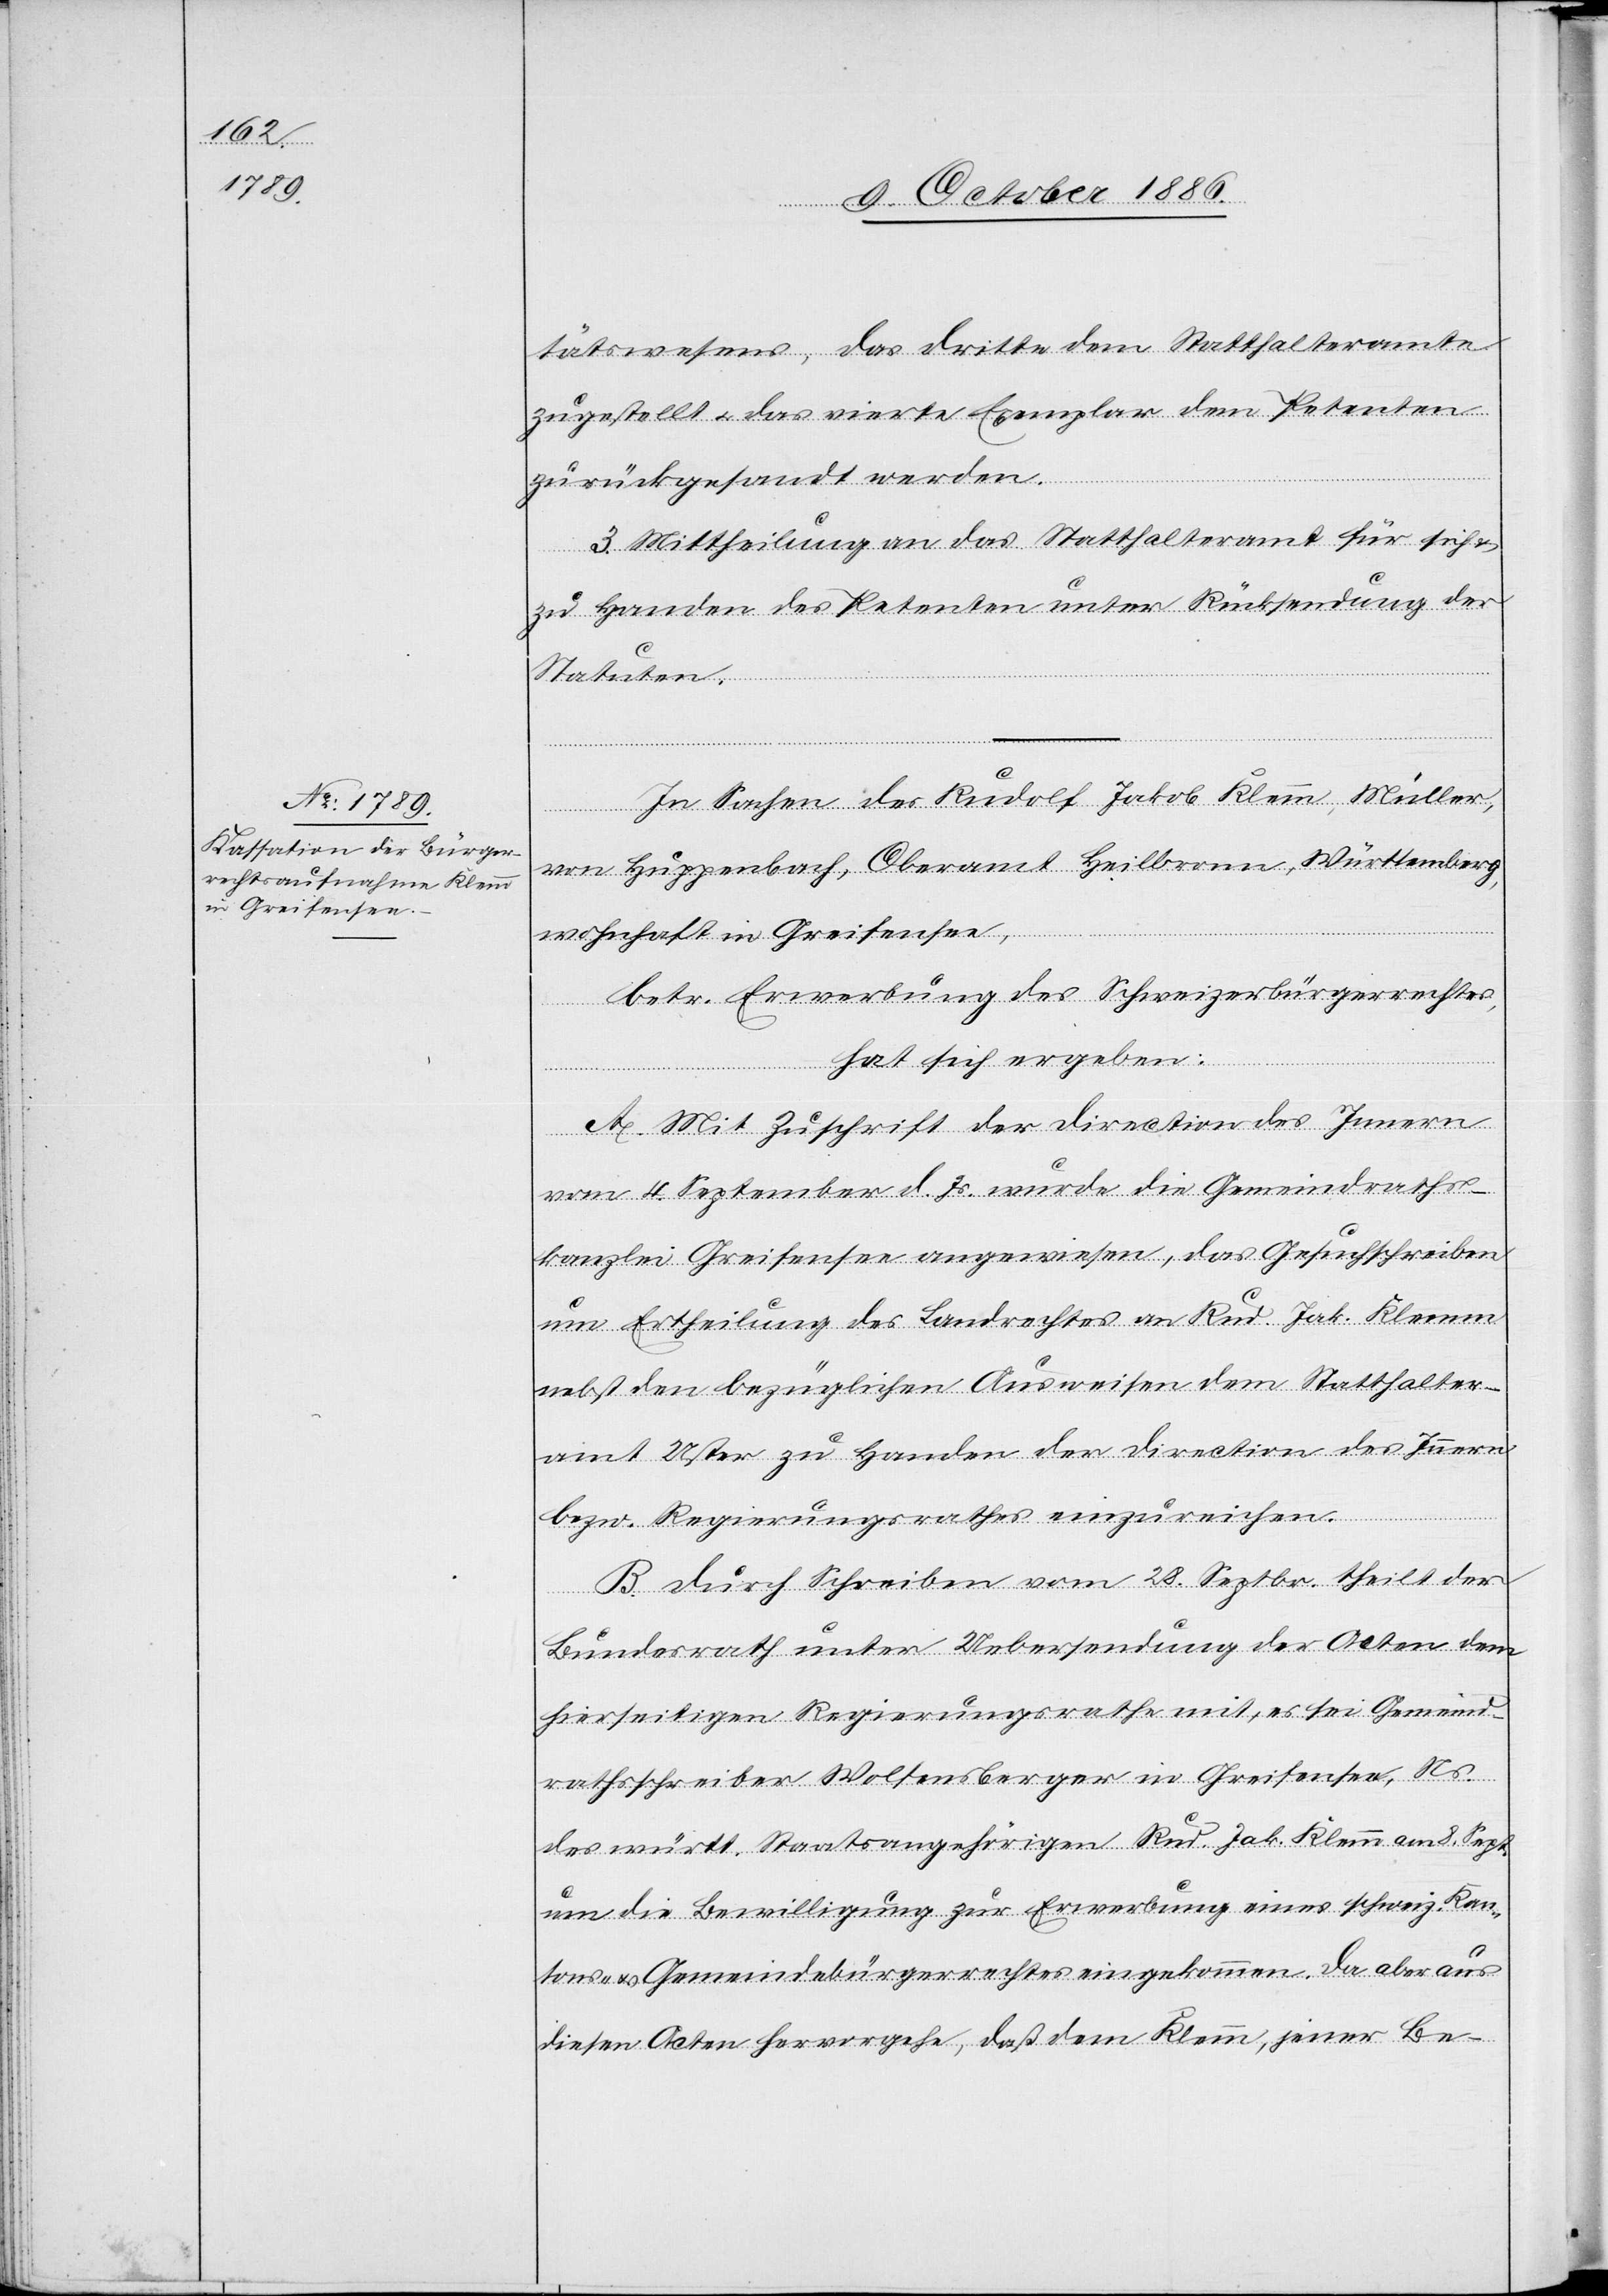
tätswesens, das dritte dem Statthalteramte
zugestellt & das vierte Exemplar dem Petenten
zurückgesandt werden.
3. Mittheilung an das Statthalteramt für sich
zu Handen des Petenten unter Rücksendung der
Statuten.
In Sachen des Rudolf Jakob Klemm, Müller,
von Huppenbach, Oberamt Heilbronn, Württemberg,
wohnhaft in Greifensee,
betr. Erwerbung des Schweizerbürgerrechtes,
hat sich ergeben:
A. Mit Zuschrift der Direction des Innern
vom 4. September d. Js. wurde die Gemeindraths¬
kanzlei Greifensee angewiesen, das Gesuchschreiben
um Ertheilung des Landrechtes an Rud. Jak. Klemm
nebst den bezüglichen Ausweisen dem Statthalter¬
amt Uster zu Handen der Direction des Innern
bezw. Regierungsrathes einzureichen.
B. Durch Schreiben vom 28. Septbr. theilt der
Bundesrath unter Uebersendung der Acten dem
hierseitigen Regierungsrathe mit, es sei Gemeind¬
rathsschreiber Wolfensberger in Greifensee, Ns.
des württ. Staatsangehörigen Rud. Jak. Klemm am 8. Sept.
um die Bewilligung zur Erwerbung eines schweiz. Kan¬
tons- & Gemeindebürgerrechtes eingekommen. Da aber aus
diesen Acten hervorgehe, daß dem Klemm, jener Be-